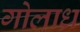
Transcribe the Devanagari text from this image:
गोलाध्र